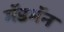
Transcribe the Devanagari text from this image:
मॅडमॅन